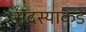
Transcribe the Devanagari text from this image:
सदस्याकडे